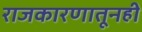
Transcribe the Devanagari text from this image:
राजकारणातूनही